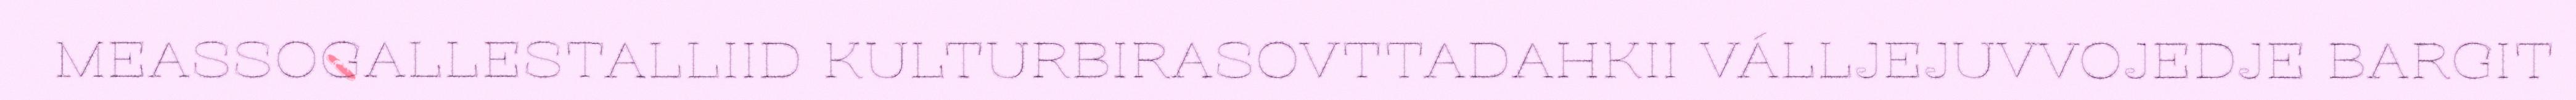
MEASSOGALLESTALLIID KULTURBIRASOVTTADAHKII VÁLLJEJUVVOJEDJE BARGIT